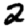
Digit: 2